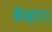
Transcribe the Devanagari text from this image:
वेदाः।